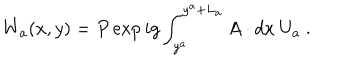
LaTeX: W _ { a } ( x , y ) = P \exp { i g \int _ { y ^ { a } } ^ { y ^ { a } + L _ { a } } A \cdot d x } ~ U _ { a } ~ .